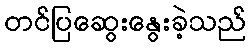
တင်ပြဆွေးနွေးခဲ့သည်